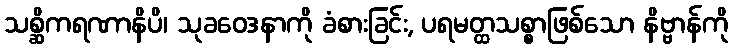
သစ္ဆိကရဏာနိပိ၊ သုခဝေဒနာကို ခံစားခြင်း, ပရမတ္ထသစ္စာဖြစ်သော နိဗ္ဗာန်ကို